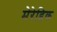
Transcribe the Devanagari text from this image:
मेरेडिक